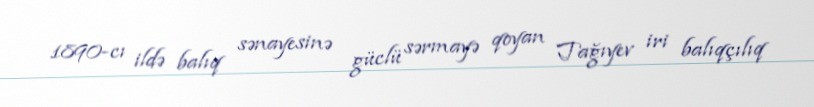
1890-cı ildə balıq sənayesinə güclü sərmayə qoyan Tağıyev iri balıqçılıq